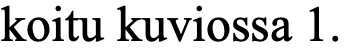
koitu kuviossa 1.